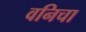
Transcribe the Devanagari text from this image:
वनिचा